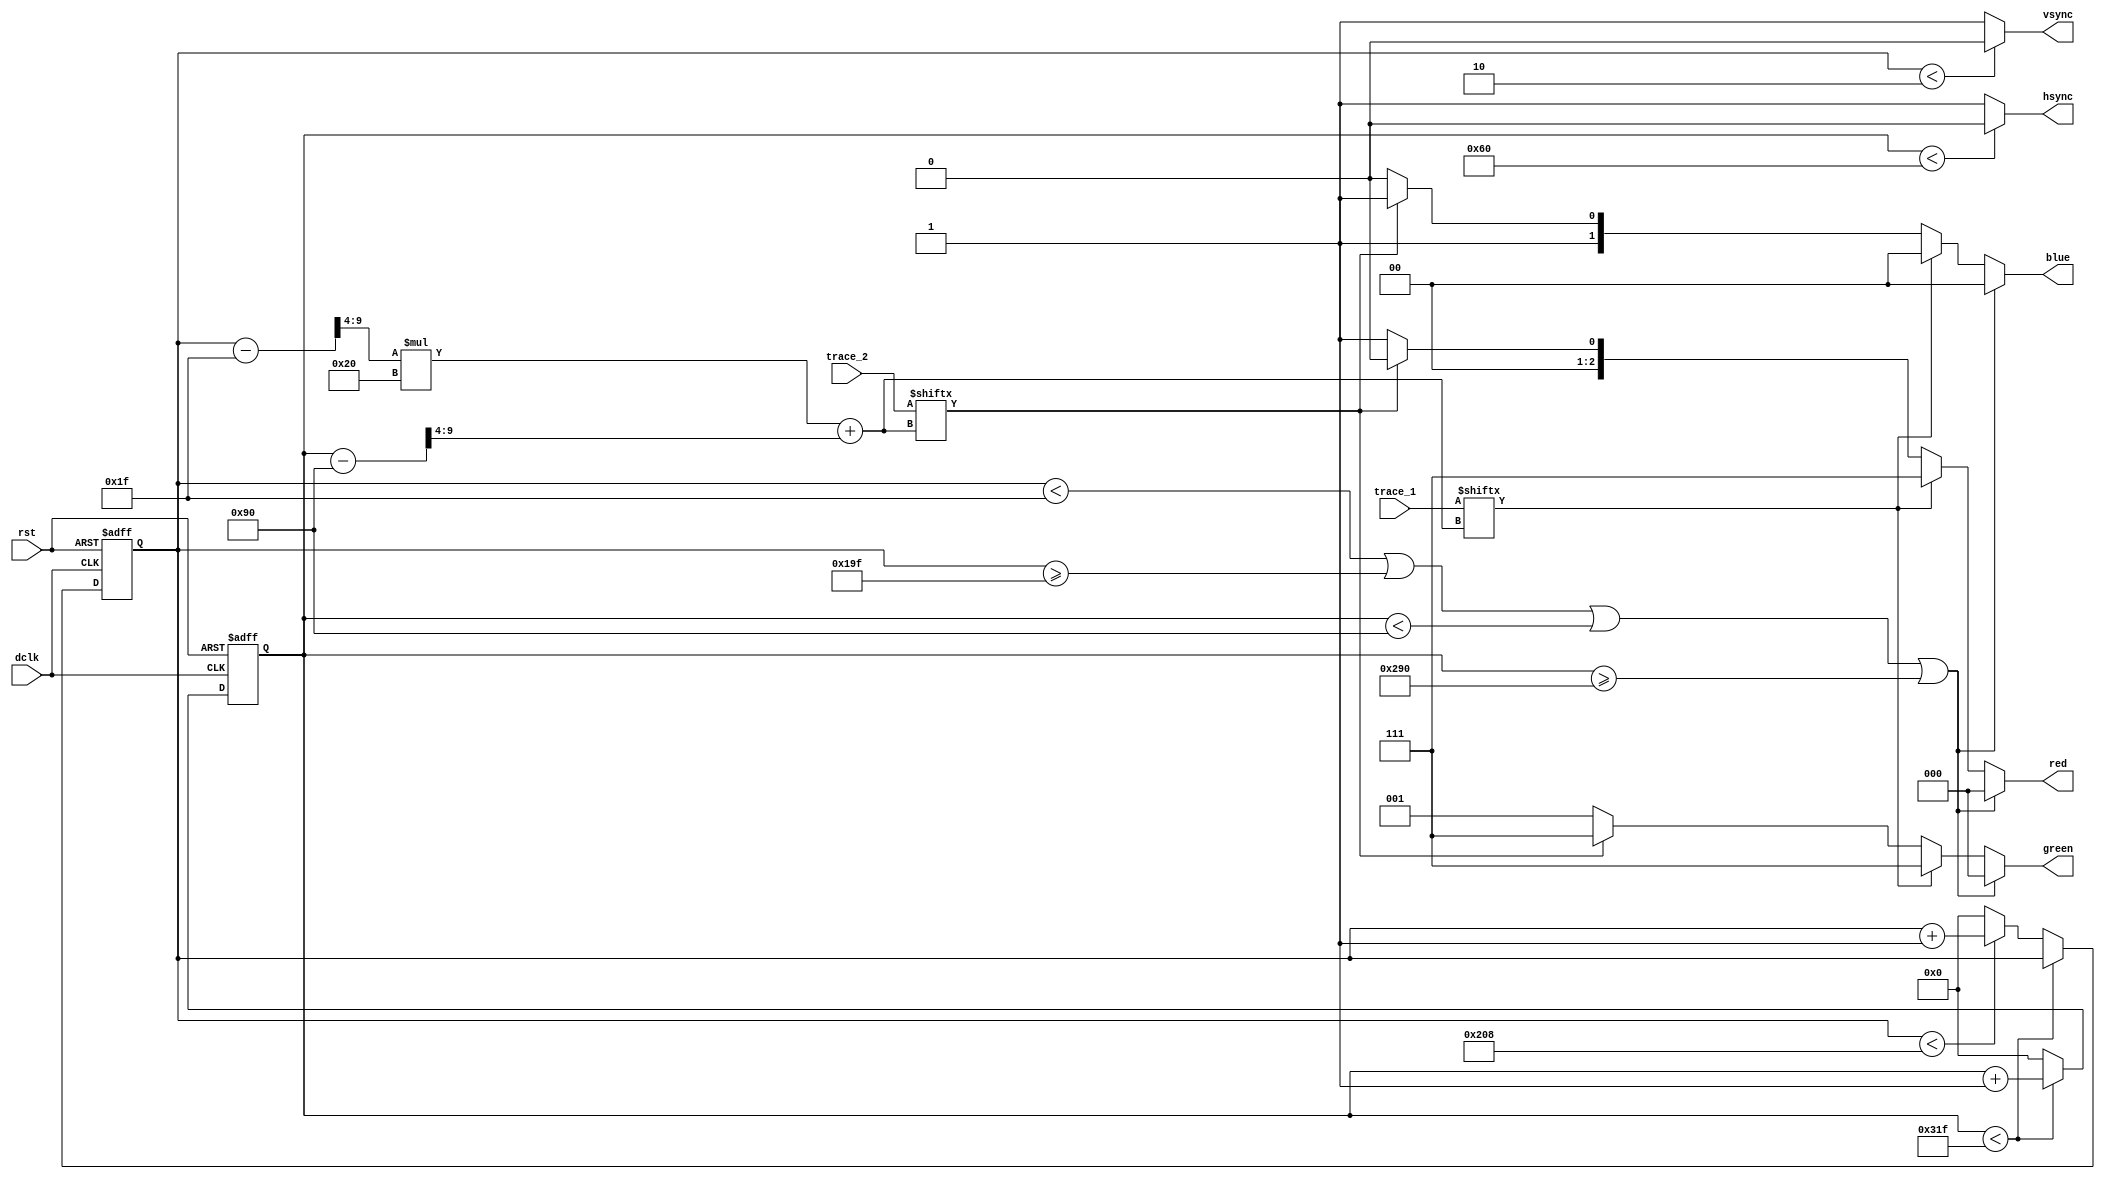
`timescale 1ns / 1ps
module vga640x480(input dclk, input rst, input[767:0] trace_1,
	input[767:0] trace_2, output hsync, output vsync, output reg[2:0] red,
	output reg[2:0] green, output reg[1:0] blue);

	// Video structure constants
	// Active horizontal video: 784 - 144 = 640
	// Active vertical video: 511 - 31 = 480
	parameter hpixels = 800;  // horizontal pixels per line
	parameter vlines = 521;   // vertical lines per frame
	parameter hpulse = 96;    // hsync pulse length
	parameter vpulse = 2;     // vsync pulse length
	parameter hbp = 144;      // end of horizontal back porch
	parameter hfp = 784;      // beginning of horizontal front porch
	parameter vbp = 31;       // end of vertical back porch
	parameter vfp = 511;      // beginning of vertical front porch

	// Horizontal & vertical counters and corresponding game_state index
	reg[9:0] hc;
	reg[9:0] vc;
	wire[5:0] h2 = (hc - hbp) >> 4;
	wire[5:0] v2 = (vc - vbp) >> 4;
	wire[10:0] idx = v2 * 32 + h2;

	// Incrementing horizontal & vertical counters
	always @(posedge dclk or posedge rst)
	begin
		if (rst) begin
			hc <= 0;
			vc <= 0;
		end
		else begin
			if (hc < hpixels - 1) begin
				hc <= hc + 1;
			end
			else begin
				// When we hit the end of the line, reset the horizontal
				// counter and increment the vertical counter.
				// If vertical counter is at the end of the frame, then
				// reset that one too.
				hc <= 0;
				vc <= vc < vlines - 1 ? vc + 1 : 0;
			end
		end
	end

	// Generate sync pulses (active low)
	assign hsync = hc < hpulse ? 0 : 1;
	assign vsync = vc < vpulse ? 0 : 1;

	// Display content
	always @* begin
		//if (vc < vbp || vc >= vfp || hc < hbp || hc >= hfp) begin
		if (vc < vbp || vc >= vbp + 384 || hc < hbp || hc >= hbp + 512) begin
			// We're outside active range so display black
			red = 0;
			green = 0;
			blue = 0;
		end
		else begin
			if (trace_1[idx]) begin
				red = 3'b111;
				green = 3'b111;
				blue = 2'b00;
			end
			else if (trace_2[idx]) begin
				red = 3'b000;
				green = 3'b111;
				blue = 2'b11;
			end
			else begin
				red = 3'b001;
				green = 3'b001;
				blue = 2'b10;
			end
		end
	end

endmodule